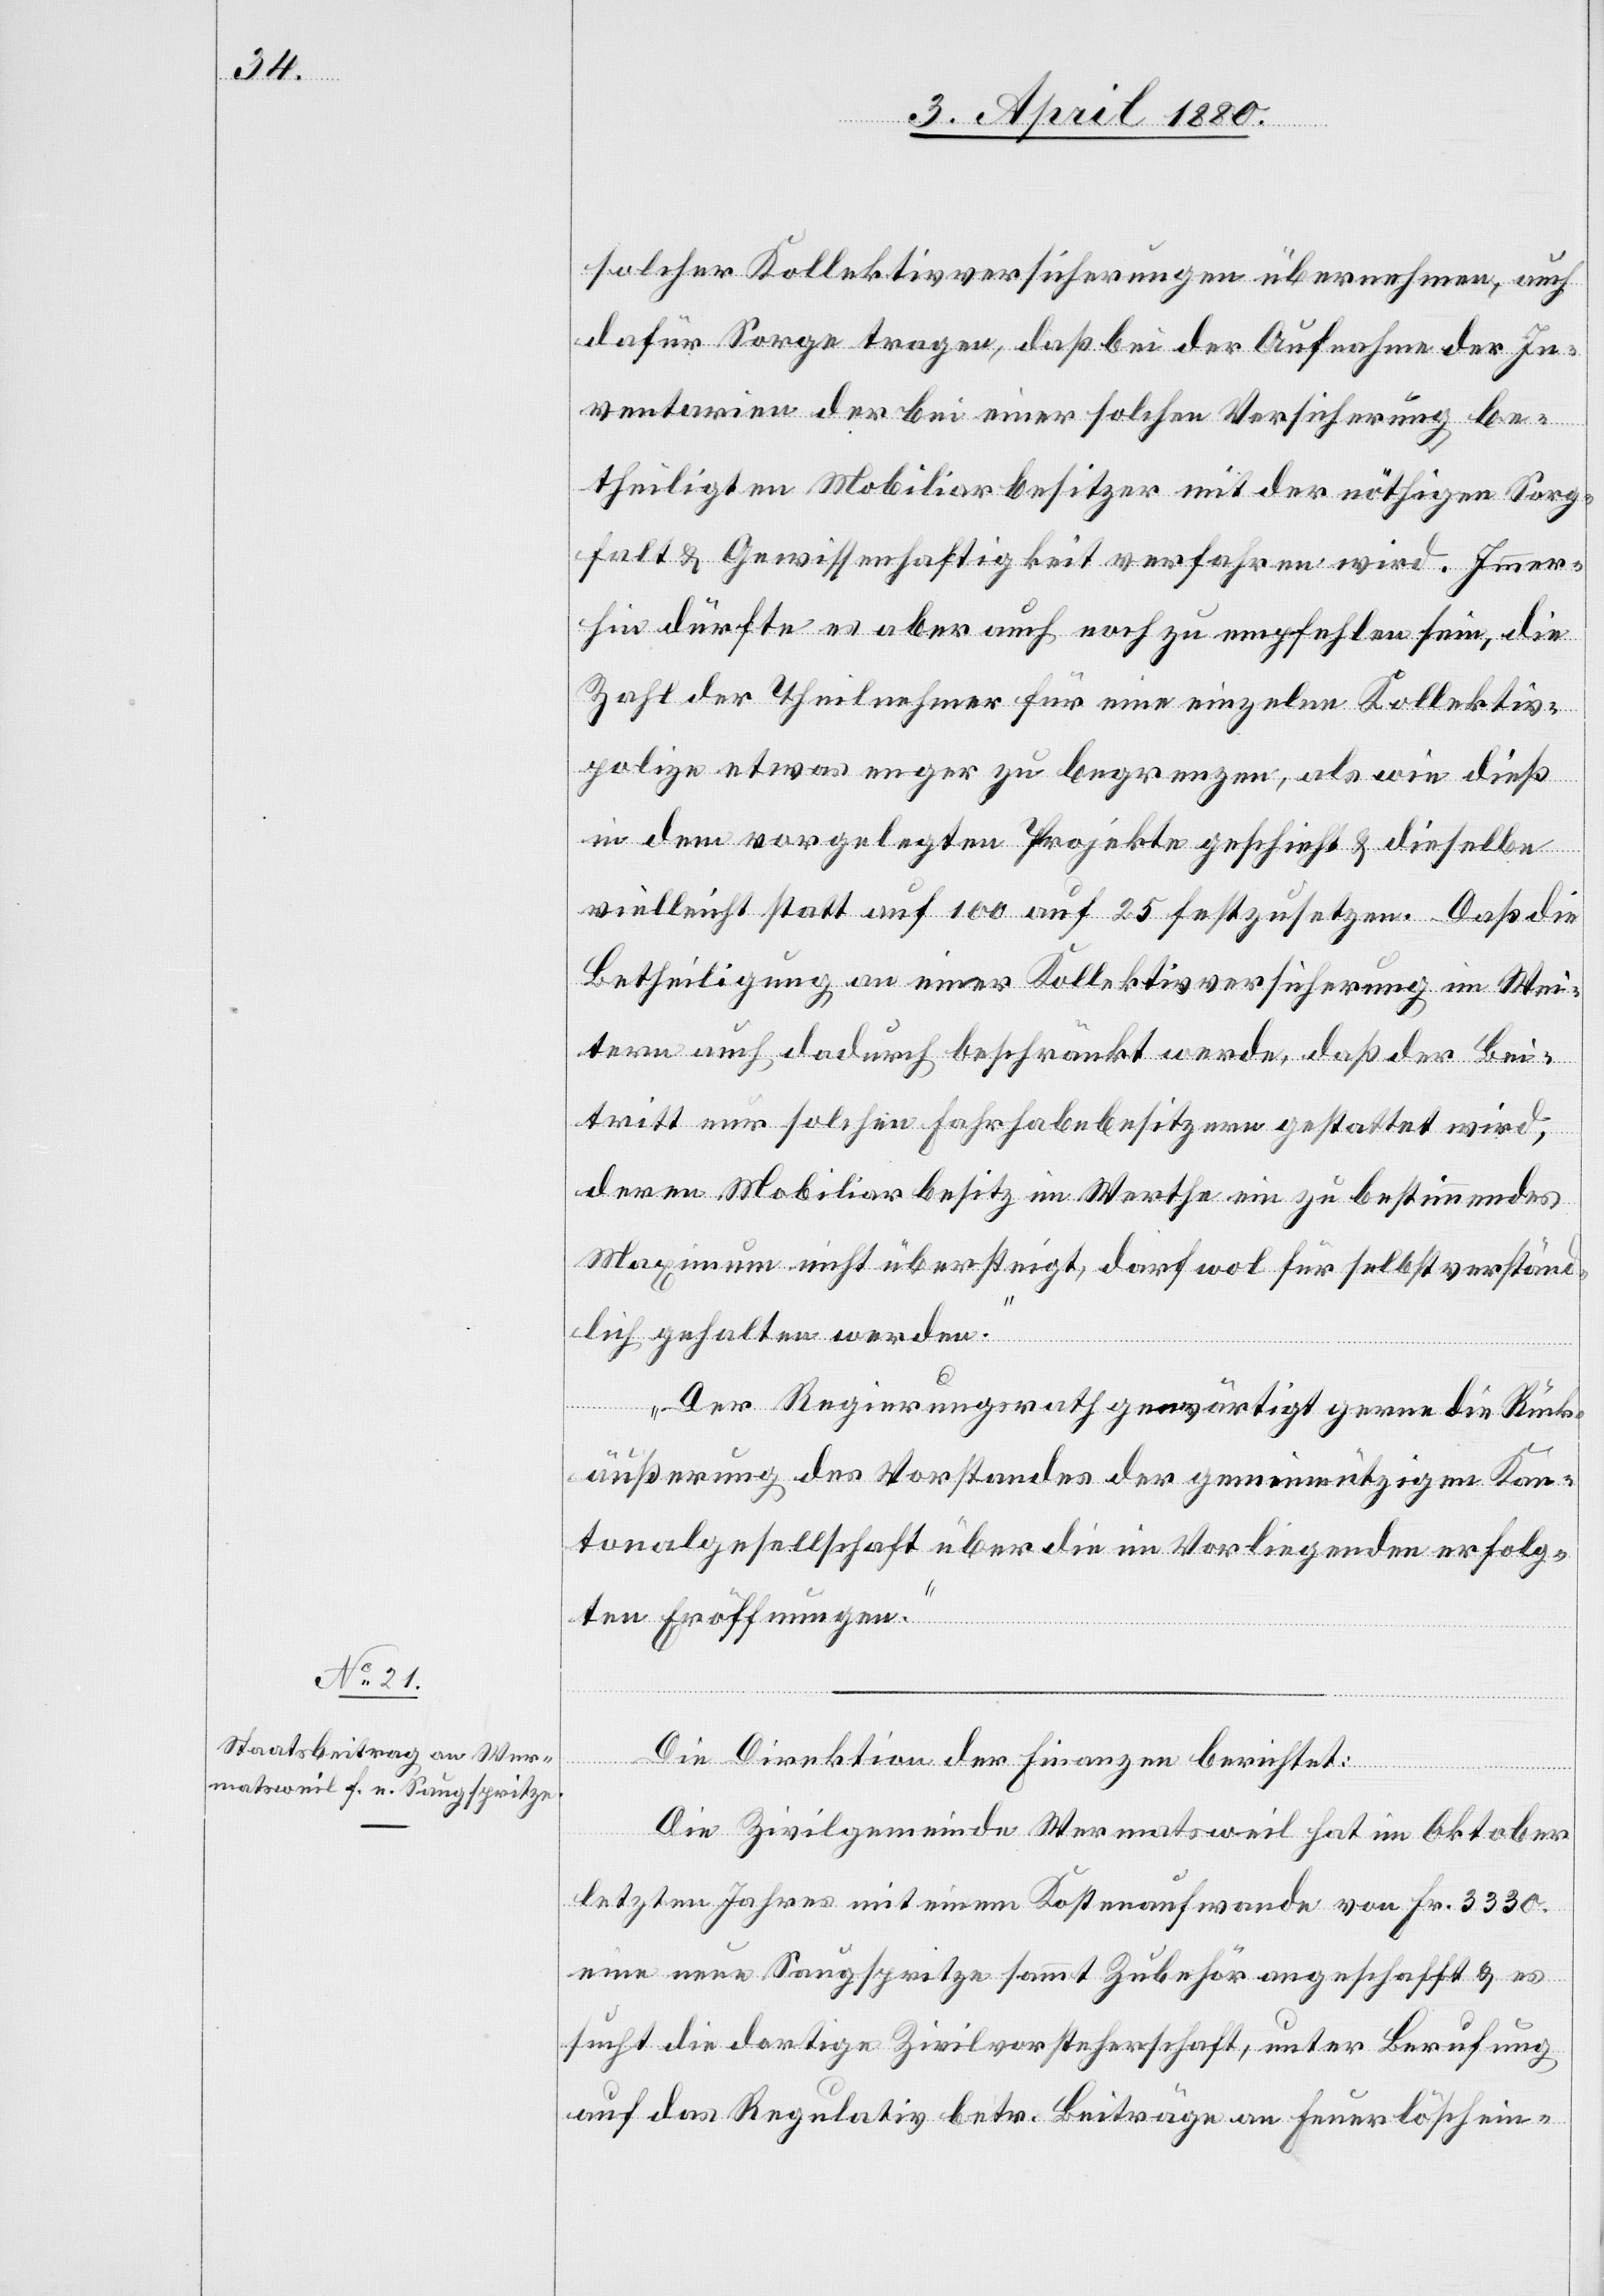
solcher Kollektivversicherungen übernehmen, auch
dafür Sorge tragen, daß bei der Aufnahme der In¬
ventarien der bei einer solchen Versicherung be¬
theiligten Mobiliarbesitzer mit der nöthigen Sorg¬
falt & Gewissenhaftigkeit verfahren wird. Immer¬
hin dürfte es aber auch noch zu empfehlen sein, die
Zahl der Theilnehmer für eine einzelne Kollektiv¬
polize etwas enger zu begrenzen, als wie dieß
in dem vorgelegten Projekte geschieht & dieselbe
vielleicht statt auf 100 auf 25 festzusetzen. Daß die
Betheiligung an einer Kollektivversicherung im Wei¬
tern auch dadurch beschränkt werde, daß der Bei¬
tritt nur solchen Fahrhabebesitzern gestattet wird,
deren Mobiliarbesitz im Werthe ein zu bestimmendes
Maximum nicht übersteigt, darf wol für selbstverständ¬
lich gehalten werden.
Der Regierungsrath gewärtigt gerne die Rück¬
äußerung des Vorstandes der gemeinnützigen Kan¬
tonalgesellschaft über die im Vorliegenden erfolg¬
ten Eröffnungen.“
Die Direktion der Finanzen berichtet:
Die Zivilgemeinde Wermatsweil hat im Oktober
letzten Jahres mit einem Kostenaufwande von Fr. 3330.
eine neue Saugspritze sammt Zubehör angeschafft & es
sucht die dortige Zivilvorsteherschaft, unter Berufung
auf das Regulativ betr. Beiträge an Feuerlöschein-